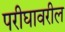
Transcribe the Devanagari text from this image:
परीघावरील